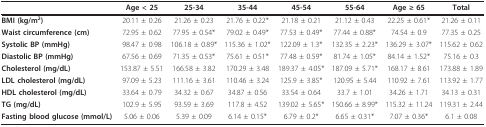
<table><thead><tr><td></td><td><b>Age &lt; 25</b></td><td><b>25-34</b></td><td><b>35-44</b></td><td><b>45-54</b></td><td><b>55-64</b></td><td><b>Age ≥ 65</b></td><td><b>Total</b></td></tr></thead><tbody><tr><td><b>BMI (kg/m<sup>2</sup>)</b></td><td>20.11 ± 0.26</td><td>21.26 ± 0.23</td><td>21.76 ± 0.22*</td><td>21.18 ± 0.21</td><td>21.12 ± 0.43</td><td>22.25 ± 0.61*</td><td>21.26 ± 0.11</td></tr><tr><td><b>Waist circumference (cm)</b></td><td>72.95 ± 0.62</td><td>77.95 ± 0.54*</td><td>79.02 ± 0.49*</td><td>77.53 ± 0.49*</td><td>77.44 ± 0.88*</td><td>74.54 ± 0.9</td><td>77.35 ± 0.25</td></tr><tr><td><b>Systolic BP (mmHg)</b></td><td>98.47 ± 0.98</td><td>106.18 ± 0.89*</td><td>115.36 ± 1.02*</td><td>122.09 ± 1.3*</td><td>132.35 ± 2.23*</td><td>136.29 ± 3.07*</td><td>115.62 ± 0.62</td></tr><tr><td><b>Diastolic BP (mmHg)</b></td><td>67.56 ± 0.69</td><td>71.35 ± 0.53*</td><td>75.61 ± 0.51*</td><td>77.48 ± 0.59*</td><td>81.74 ± 1.05*</td><td>84.14 ± 1.52*</td><td>75.16 ± 0.3</td></tr><tr><td><b>Cholesterol (mg/dL)</b></td><td>153.87 ± 5.51</td><td>166.58 ± 3.82</td><td>170.29 ± 3.48</td><td>189.37 ± 4.05*</td><td>187.09 ± 5.71*</td><td>168.17 ± 8.61</td><td>173.88 ± 1.89</td></tr><tr><td><b>LDL cholesterol (mg/dL)</b></td><td>97.09 ± 5.23</td><td>111.16 ± 3.61</td><td>110.46 ± 3.24</td><td>125.9 ± 3.85*</td><td>120.95 ± 5.44</td><td>110.92 ± 7.61</td><td>113.92 ± 1.77</td></tr><tr><td><b>HDL cholesterol (mg/dL)</b></td><td>33.64 ± 0.79</td><td>34.32 ± 0.67</td><td>34.87 ± 0.56</td><td>33.54 ± 0.64</td><td>33.7 ± 1.01</td><td>34.26 ± 1.71</td><td>34.13 ± 0.31</td></tr><tr><td><b>TG (mg/dL)</b></td><td>102.9 ± 5.95</td><td>93.59 ± 3.69</td><td>117.8 ± 4.52</td><td>139.02 ± 5.65*</td><td>150.66 ± 8.99*</td><td>115.32 ± 11.24</td><td>119.31 ± 2.44</td></tr><tr><td><b>Fasting blood glucose (mmol/L)</b></td><td>5.06 ± 0.06</td><td>5.39 ± 0.09</td><td>6.14 ± 0.15*</td><td>6.79 ± 0.2*</td><td>6.65 ± 0.31*</td><td>7.07 ± 0.36*</td><td>6.1 ± 0.08</td></tr></tbody></table>